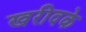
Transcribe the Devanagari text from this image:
खरीदके